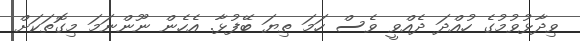
ވިދާޅުވުމުގެ ހުއްދަ ދެއްވީ ވެސް ހަމަ ތިޔަ ބޭފުޅާ. އެހެން ނޫންނަމަ މިގޮތަކަށް